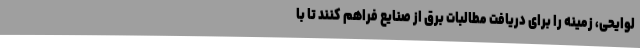
لوایحی، زمینه را برای دریافت مطالبات برق از صنایع فراهم کنند تا با